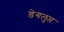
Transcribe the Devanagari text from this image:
डेगलुप्त